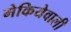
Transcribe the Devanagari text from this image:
मेकियेवाली